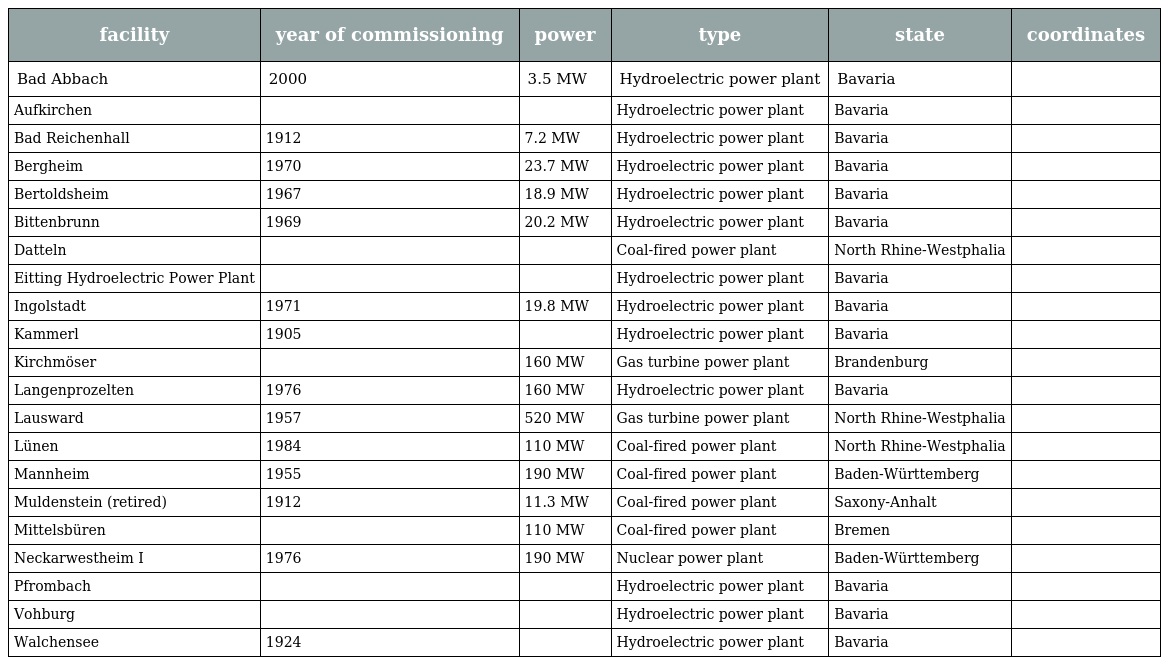
| facility | year of commissioning | power | type | state | coordinates |
 | --- | --- | --- | --- | --- | --- |
 | Bad Abbach | 2000 | 3.5 MW | Hydroelectric power plant | Bavaria |  |
 | Aufkirchen |  |  | Hydroelectric power plant | Bavaria |  |
 | Bad Reichenhall | 1912 | 7.2 MW | Hydroelectric power plant | Bavaria |  |
 | Bergheim | 1970 | 23.7 MW | Hydroelectric power plant | Bavaria |  |
 | Bertoldsheim | 1967 | 18.9 MW | Hydroelectric power plant | Bavaria |  |
 | Bittenbrunn | 1969 | 20.2 MW | Hydroelectric power plant | Bavaria |  |
 | Datteln |  |  | Coal-fired power plant | North Rhine-Westphalia |  |
 | Eitting Hydroelectric Power Plant |  |  | Hydroelectric power plant | Bavaria |  |
 | Ingolstadt | 1971 | 19.8 MW | Hydroelectric power plant | Bavaria |  |
 | Kammerl | 1905 |  | Hydroelectric power plant | Bavaria |  |
 | Kirchmöser |  | 160 MW | Gas turbine power plant | Brandenburg |  |
 | Langenprozelten | 1976 | 160 MW | Hydroelectric power plant | Bavaria |  |
 | Lausward | 1957 | 520 MW | Gas turbine power plant | North Rhine-Westphalia |  |
 | Lünen | 1984 | 110 MW | Coal-fired power plant | North Rhine-Westphalia |  |
 | Mannheim | 1955 | 190 MW | Coal-fired power plant | Baden-Württemberg |  |
 | Muldenstein (retired) | 1912 | 11.3 MW | Coal-fired power plant | Saxony-Anhalt |  |
 | Mittelsbüren |  | 110 MW | Coal-fired power plant | Bremen |  |
 | Neckarwestheim I | 1976 | 190 MW | Nuclear power plant | Baden-Württemberg |  |
 | Pfrombach |  |  | Hydroelectric power plant | Bavaria |  |
 | Vohburg |  |  | Hydroelectric power plant | Bavaria |  |
 | Walchensee | 1924 |  | Hydroelectric power plant | Bavaria |  |